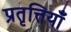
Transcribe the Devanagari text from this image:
प्रतृत्तियाँ